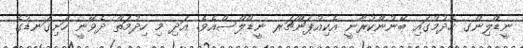
ނީޑްލިންގ ހެދުމުގައި ބޭނުންކުރާނީ އެކިއުޕަންޗަރ ނީޑްލްސްއެވެ. އަދި މި ހިދުމަތް ދެވޭނީ ހަށިގަނޑުގެ